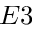
E 3